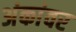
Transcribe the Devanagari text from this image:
अंकांवर